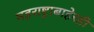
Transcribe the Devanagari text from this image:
महराष्ट्राबाहेरही